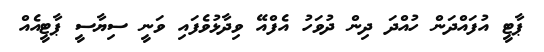
ޕާޓީ އުފައްދަން ހުއްދަ ދިން ދުވަހު އެފްއޭ ވިދާޅުވެފައި ވަނީ ސިޔާސީ ޕާޓީއެއް